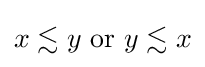
x\lesssim y{\text{ or }}y\lesssim x